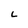
Character: L